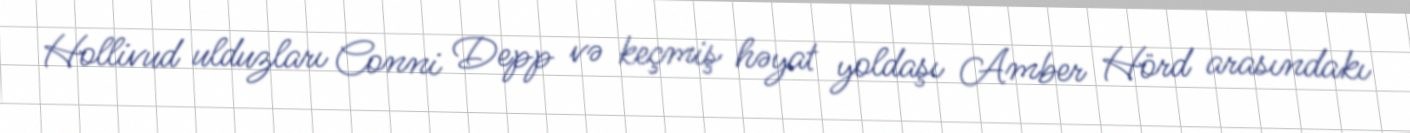
Hollivud ulduzları Conni Depp və keçmiş həyat yoldaşı Amber Hörd arasındakı